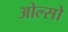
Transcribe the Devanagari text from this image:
ओल्सो